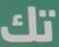
تك